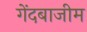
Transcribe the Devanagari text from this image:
गेंदबाजीम